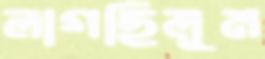
লাগছিলুম